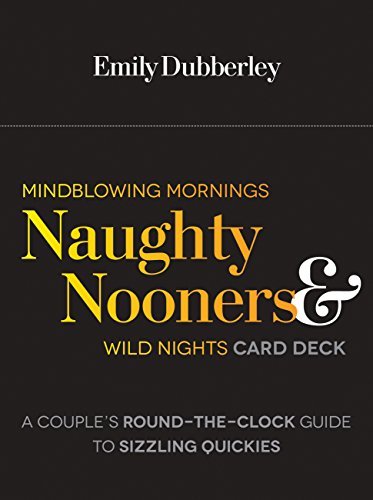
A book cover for Mindblowing Mornings, Naughty Nooners, and Wild Nights Card Deck: A Couple's Round-the-Clock Guide to Sizzling Quickies--Right Here, Right Now!; Emily Dubberley; Science Fiction & Fantasy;